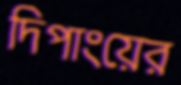
দিপাংয়ের